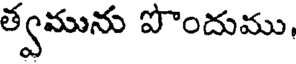
త్వమును పొందుము,